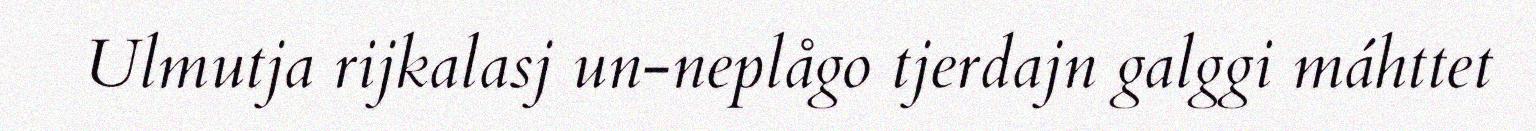
Ulmutja rijkalasj un-neplågo tjerdajn galggi máhttet